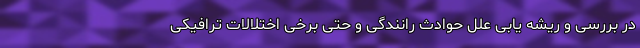
در بررسی و ریشه یابی علل حوادث رانندگی و حتی برخی اختلالات ترافیکی